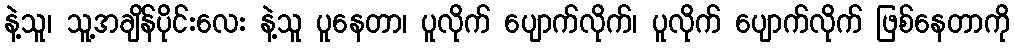
နဲ့သူ၊ သူ့အချိန်ပိုင်းလေး နဲ့သူ ပူနေတာ၊ ပူလိုက် ပျောက်လိုက်၊ ပူလိုက် ပျောက်လိုက် ဖြစ်နေတာကို